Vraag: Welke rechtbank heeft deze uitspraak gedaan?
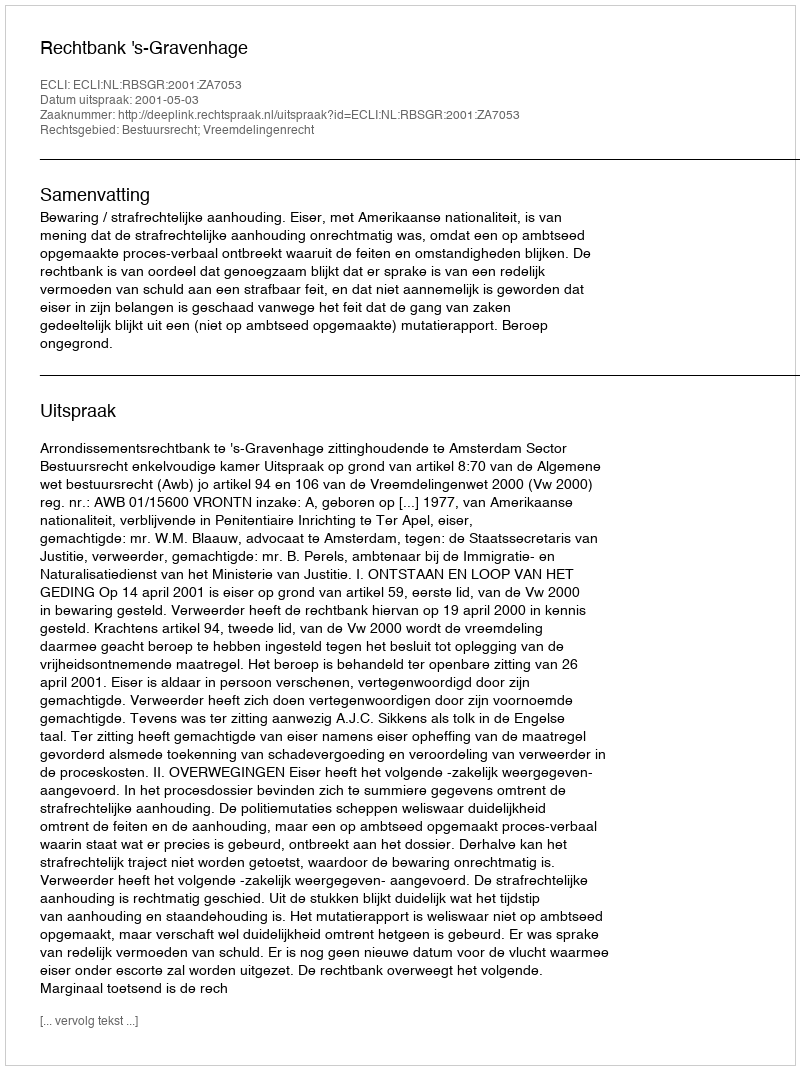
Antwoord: Rechtbank 's-Gravenhage